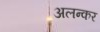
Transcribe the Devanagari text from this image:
अलन्कर